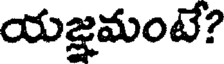
యజ్ఞమంటే?